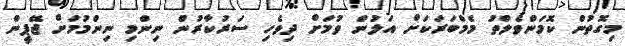
މިގޮތުން ކޮމަންވެލްތު މެމްބަރަކަށް އަލުން ވުމަށް ދިވެހި ސަރުކާރުން ނިންމި ނިންމުމަށް ޖޭޕީން